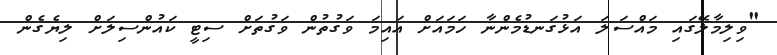
"ވިލިމާލޭގައި މައްސަލަ އަޅުގަނޑުމެންނާ ހަމައަށް އައިމަ ވަގުތުން ވަގުތަށް ސިޓީ ކައުންސިލަށް ލިޔެގެން